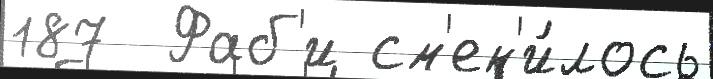
187  Фаб'и см'ен'и́лось